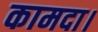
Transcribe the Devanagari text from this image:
कामदा।